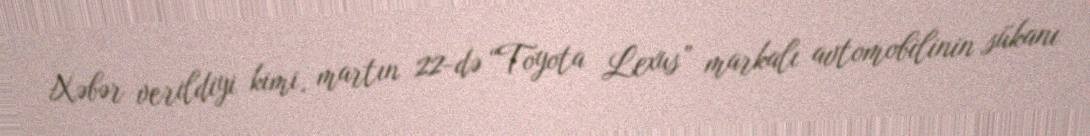
Xəbər verildiyi kimi, martın 22-də “Toyota Lexus” markalı avtomobilinin sükanı